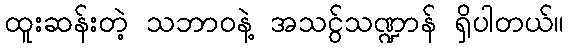
ထူးဆန်းတဲ့ သဘာဝနဲ့ အသငွ်သဏ္ဍာန် ရှိပါတယ်။